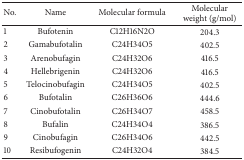
| No. | Name | Molecular formula | Molecular weight (g/mol) |
 | --- | --- | --- | --- |
 | 1 | Bufotenin | C12H16N2O | 204.3 |
 | 2 | Gamabufotalin | C24H34O5 | 402.5 |
 | 3 | Arenobufagin | C24H32O6 | 416.5 |
 | 4 | Hellebrigenin | C24H32O6 | 416.5 |
 | 5 | Telocinobufagin | C24H34O5 | 402.5 |
 | 6 | Bufotalin | C26H36O6 | 444.6 |
 | 7 | Cinobufotalin | C26H34O7 | 458.5 |
 | 8 | Bufalin | C24H34O4 | 386.5 |
 | 9 | Cinobufagin | C26H34O6 | 442.5 |
 | 10 | Resibufogenin | C24H32O4 | 384.5 |